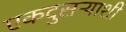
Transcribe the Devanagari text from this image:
एकदुसऱ्याशी